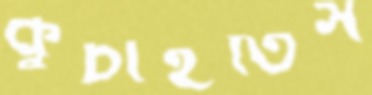
কুচাইতিস